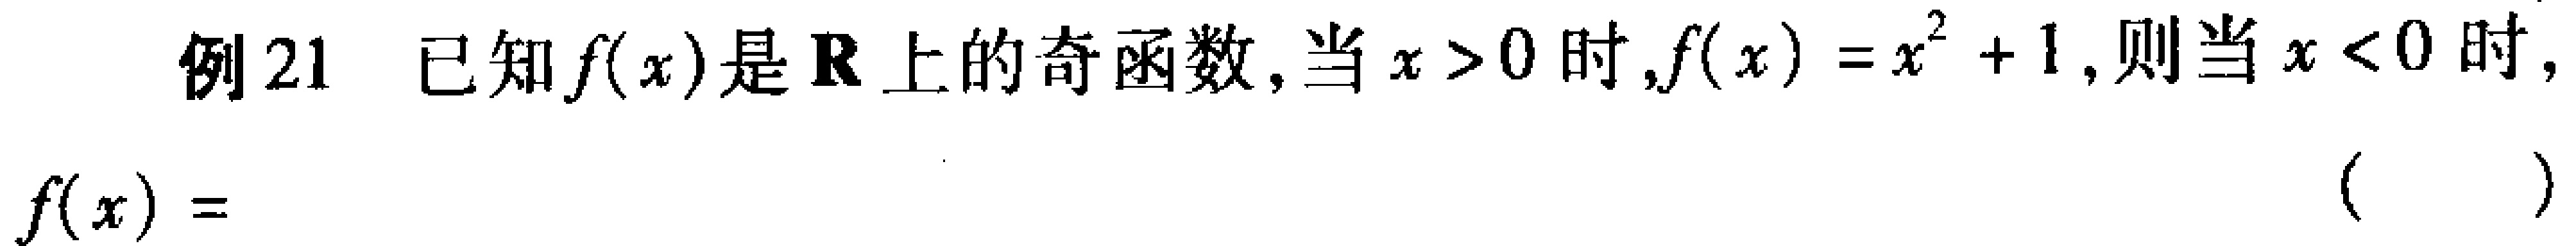
例21 已知\(f(x)\)是\(\mathbf{R}\)上的奇函数,当\(x > 0\)时,\(f(x)=x^{2}+1\),则当\(x < 0\)时,

\(f(x)=\)（  ）